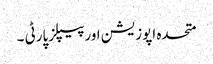
متحدہ اپوزیشن اورپیپلزپارٹی ۔